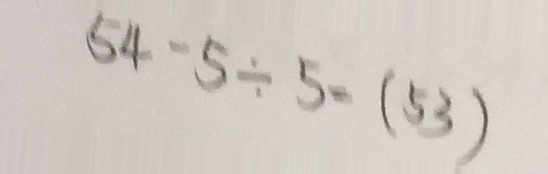
5 4 - 5 \div 5 = ( 5 3 )